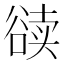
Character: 𰶔